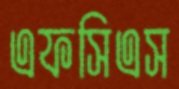
এফসিএস